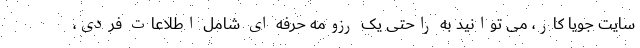
سایت جویا کار، می توانید به راحتی یک رزومه حرفه ای شامل اطلاعات فردی،